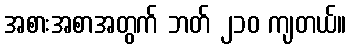
အစားအစာအတွက် ဘတ် ၂၁၀ ကျတယ်။